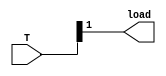
module IR_Control ( 
    load, T 
); 
input [7:0] T; 
output load; 
assign load = T[1]; 
endmodule